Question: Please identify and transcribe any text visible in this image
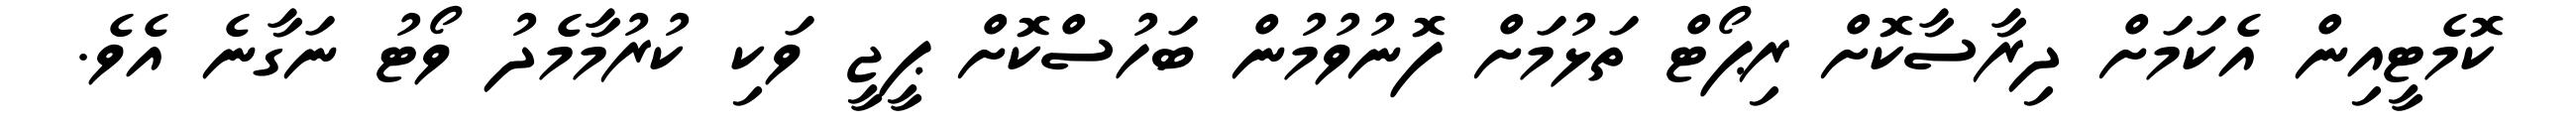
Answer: ކޮމެޓީއިން އެކަމަށް ދިރާސާކޮށް ރިޕޯޓް ތަޅުމަށް ފޮނުވުމުން ބަހުސްކޮށް ޕީޖީ ވަކި ކުރުމާމެދު ވޯޓު ނަގާނެ އެވެ.